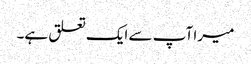
میرا آپ سے ایک تعلق ہے۔